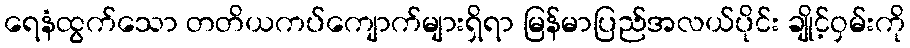
ရေနံထွက်သော တတိယကပ်ကျောက်များရှိရာ မြန်မာပြည်အလယ်ပိုင်း ချိုင့်ဝှမ်းကို